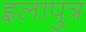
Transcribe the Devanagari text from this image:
इलापुत्र